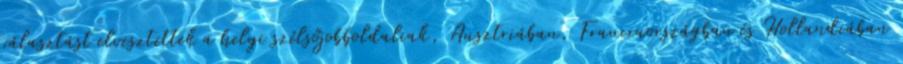
választást elvesztettek a helyi szélsőjobboldaliak, Ausztriában, Franciaországban és Hollandiában